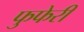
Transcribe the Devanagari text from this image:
फुफेरी